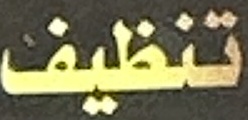
تنظيف